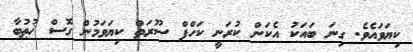
ކިޔަވައެވެ. ގިނަ ބައަކު އެކަން ކުރަނީ ކަހްފް ސޫރަތް ކިޔަވަމުން ގޮސް ޚުޠުބާ